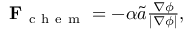
\begin{array} { r } { \mathbf { F } _ { \mathrm { ~ c ~ h ~ e ~ m ~ } } = - \alpha \tilde { a } \frac { \nabla \phi } { | \nabla \phi | } , } \end{array}